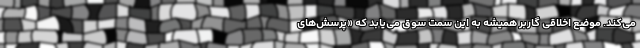
می‌کند. موضع اخلاقی گاربر همیشه به این سمت سوق می‌یابد که «پرسش‌های